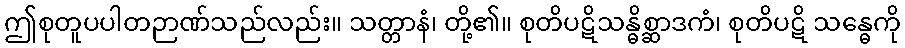
ဤစုတူပပါတဉာဏ်သည်လည်း။ သတ္တာနံ၊ တို့၏။ စုတိပဋိသန္ဓိစ္ဆာဒကံ၊ စုတိပဋိ သန္ဓေကို